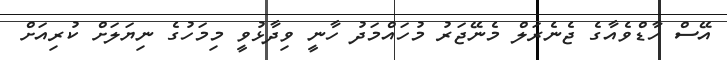
އޭސް ހާޑްވެއާގެ ޖެނެރަލް މެނޭޖަރު މުހައްމަދު ހާނީ ވިދާޅުވީ މިމަހުގެ ނިޔަލަށް ކުރިއަށް